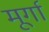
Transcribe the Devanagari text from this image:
मूर्गा